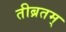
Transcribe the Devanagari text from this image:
तीब्रतम्